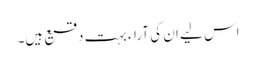
اس لیے ان کی آراء بہت دقیع ہیں۔